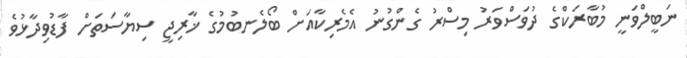
ނަބީލްވަނީ މުބާރަކްގެ ދުވަސްވަރު މިސްރު ގެންގުނު އެމެރިކާއަށް ބޯލެނބުމުގެ ޚާރިޖީ ސިޔާސަތަށް ފާޑުވިދާޅުވެ